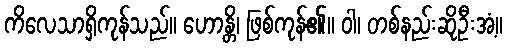
ကိလေသာရှိကုန်သည်။ ဟောန္တိ၊ ဖြစ်ကုန်၏။ ဝါ၊ တစ်နည်းဆိုဦးအံ့။